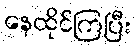
နေထိုင်ကြပြီး